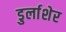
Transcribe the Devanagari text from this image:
डुर्लाशेर